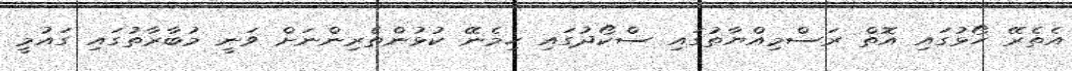
އެތެރޭ ހޯޅުގައި އޮތް ރަސްމިއްޔާތުގައި ސްކޯދުގައި ހިމެނޭ ކުޅުންތެރިންނަށް ވަނީ މުބާރާތުގައި ގައުމީ